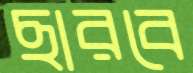
ছারবে